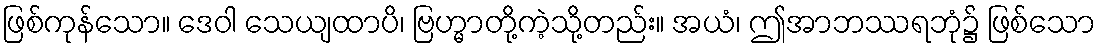
ဖြစ်ကုန်သော။ ဒေဝါ သေယျထာပိ၊ ဗြဟ္မာတို့ကဲ့သို့တည်း။ အယံ၊ ဤအာဘဿရဘုံ၌ ဖြစ်သော